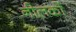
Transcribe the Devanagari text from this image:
नीलकों